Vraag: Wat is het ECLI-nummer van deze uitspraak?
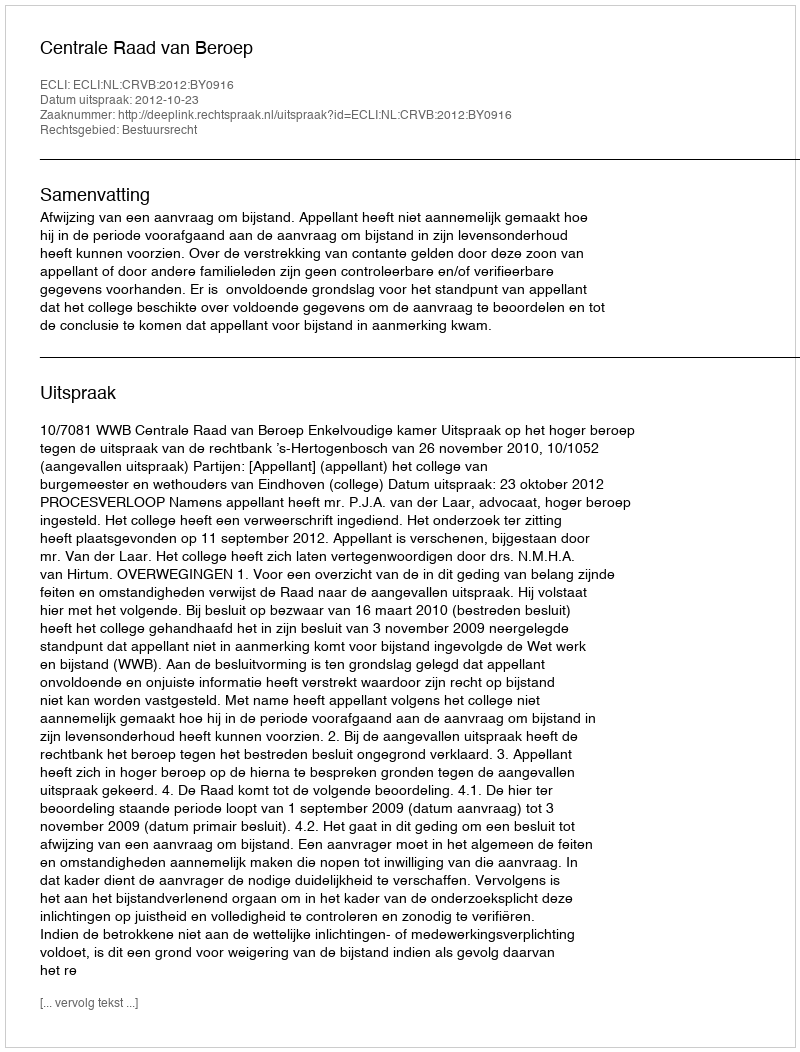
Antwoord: ECLI:NL:CRVB:2012:BY0916